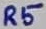
Text: R5